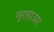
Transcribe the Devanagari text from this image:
मूरहाउस